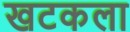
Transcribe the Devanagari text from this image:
खटकला